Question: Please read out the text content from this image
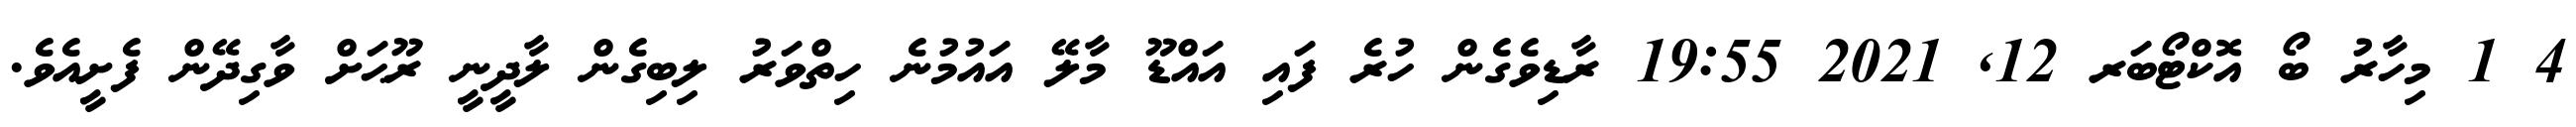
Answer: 4 1 މިހާރު ބޯ އޮކްޓޯބަރ 12, 2021 19:55 ރާޑިވެގެން ހުރެ ފައި އައްޑޫ މާލޭ އައުމުނެ ހިތްވަރު ލިބިގެން ލާދީނީ ރޫޙަށް ވާގިދޭން ފެށީއެވެ.